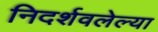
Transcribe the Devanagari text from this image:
निदर्शवलेल्या